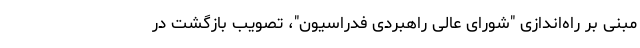
مبنی بر راه‌اندازی "شورای عالی راهبردی فدراسیون"، تصویب بازگشت در